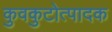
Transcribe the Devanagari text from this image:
कुवकुटोत्पादक